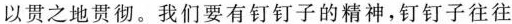
以贯之地贯彻。我们要有钉钉子的精神，钉钉子往往